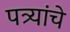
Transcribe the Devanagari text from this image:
पत्र्यांचे